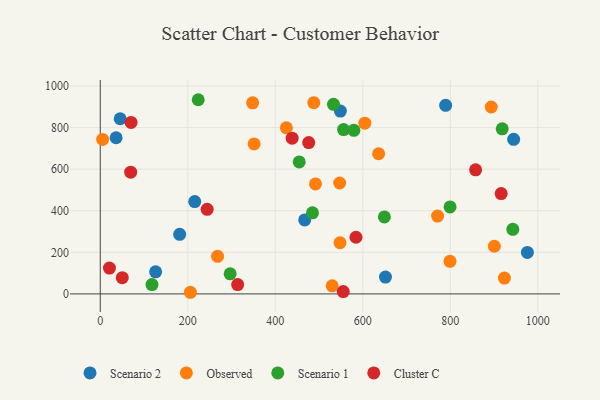
{"axis": {"x": "Price", "y": "Salary"}, "legend": ["Cluster C", "Observed", "Scenario 1", "Scenario 2"], "data": [{"x": "126.5", "y": 106.0, "type": "Scenario 2"}, {"x": "651.8", "y": 80.8, "type": "Scenario 2"}, {"x": "976.1", "y": 199.3, "type": "Scenario 2"}, {"x": "789.3", "y": 907.0, "type": "Scenario 2"}, {"x": "45.5", "y": 842.5, "type": "Scenario 2"}, {"x": "36.2", "y": 751.1, "type": "Scenario 2"}, {"x": "467.2", "y": 356.0, "type": "Scenario 2"}, {"x": "215.9", "y": 444.2, "type": "Scenario 2"}, {"x": "181.5", "y": 286.5, "type": "Scenario 2"}, {"x": "548.7", "y": 879.5, "type": "Scenario 2"}, {"x": "944.7", "y": 743.4, "type": "Scenario 2"}, {"x": "547.9", "y": 246.1, "type": "Observed"}, {"x": "799.2", "y": 156.8, "type": "Observed"}, {"x": "351.6", "y": 721.5, "type": "Observed"}, {"x": "893.6", "y": 899.0, "type": "Observed"}, {"x": "425.3", "y": 798.9, "type": "Observed"}, {"x": "547.1", "y": 533.4, "type": "Observed"}, {"x": "923.7", "y": 76.3, "type": "Observed"}, {"x": "900.6", "y": 229.2, "type": "Observed"}, {"x": "530.0", "y": 39.0, "type": "Observed"}, {"x": "206.0", "y": 7.8, "type": "Observed"}, {"x": "604.6", "y": 821.4, "type": "Observed"}, {"x": "491.9", "y": 528.8, "type": "Observed"}, {"x": "5.4", "y": 743.0, "type": "Observed"}, {"x": "636.2", "y": 674.2, "type": "Observed"}, {"x": "488.0", "y": 919.9, "type": "Observed"}, {"x": "268.1", "y": 180.6, "type": "Observed"}, {"x": "348.2", "y": 919.3, "type": "Observed"}, {"x": "770.8", "y": 374.4, "type": "Observed"}, {"x": "556.0", "y": 790.4, "type": "Scenario 1"}, {"x": "485.0", "y": 389.8, "type": "Scenario 1"}, {"x": "223.9", "y": 934.0, "type": "Scenario 1"}, {"x": "942.8", "y": 310.4, "type": "Scenario 1"}, {"x": "296.8", "y": 96.7, "type": "Scenario 1"}, {"x": "649.3", "y": 370.4, "type": "Scenario 1"}, {"x": "579.6", "y": 786.8, "type": "Scenario 1"}, {"x": "118.2", "y": 45.0, "type": "Scenario 1"}, {"x": "454.7", "y": 634.6, "type": "Scenario 1"}, {"x": "918.6", "y": 794.1, "type": "Scenario 1"}, {"x": "533.0", "y": 912.1, "type": "Scenario 1"}, {"x": "799.4", "y": 418.3, "type": "Scenario 1"}, {"x": "916.2", "y": 482.5, "type": "Cluster C"}, {"x": "21.0", "y": 124.3, "type": "Cluster C"}, {"x": "69.5", "y": 585.5, "type": "Cluster C"}, {"x": "70.4", "y": 824.8, "type": "Cluster C"}, {"x": "555.3", "y": 11.3, "type": "Cluster C"}, {"x": "438.5", "y": 749.0, "type": "Cluster C"}, {"x": "857.8", "y": 596.7, "type": "Cluster C"}, {"x": "244.3", "y": 406.8, "type": "Cluster C"}, {"x": "314.0", "y": 44.6, "type": "Cluster C"}, {"x": "584.4", "y": 272.5, "type": "Cluster C"}, {"x": "50.3", "y": 77.8, "type": "Cluster C"}, {"x": "476.4", "y": 727.8, "type": "Cluster C"}]}